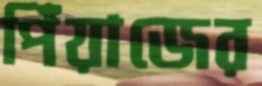
পিঁয়াজের